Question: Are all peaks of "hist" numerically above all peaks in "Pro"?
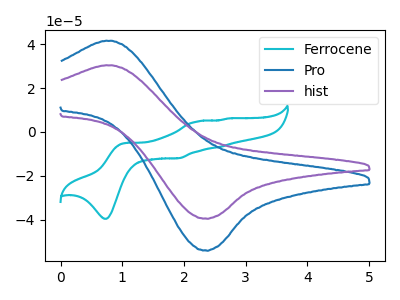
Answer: <think>The cyan curve "Ferrocene" has anodic peaks at (1.05V, -5.00uA) (2.25V, 4.80uA) (2.60V, -6.85uA) (2.70V, 6.15uA) and cathodic peaks at (0.75V, -39.60uA) (1.90V, -11.95uA). The blue curve "Pro" has an anodic peak at (0.75V, 41.55uA) and a cathodic peak at (2.35V, -53.95uA). The purple curve "hist" has an anodic peak at (0.75V, 30.35uA) and a cathodic peak at (2.35V, -39.45uA).</think>
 <answer>Every peak in "hist" is lower than every peak in "Pro".</answer>
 <eval>lower</eval>